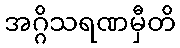
အဂ္ဂိသရဏမှီတိ